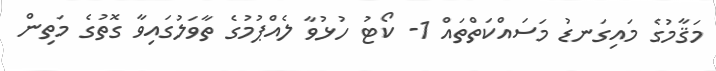
މަޤާމުގެ މައިގަނޑު މަސައްކަތްތައް 1- ކޯޓު ހުޅުވާ ލެއްޕުމުގެ ތާވަލުގައިވާ ގޮތުގެ މަތިން